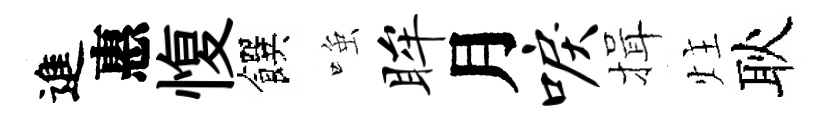
進惠愎饌𫪻眸月唳揖炷耿